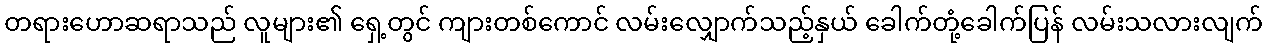
တရားဟောဆရာသည် လူများ၏ ရှေ့တွင် ကျားတစ်ကောင် လမ်းလျှောက်သည့်နှယ် ခေါက်တုံ့ခေါက်ပြန် လမ်းသလားလျက်